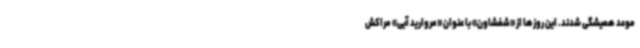
موعد همیشگی شدند. این روزها از «شفشاون» با عنوان «مروارید آبی» مراکش